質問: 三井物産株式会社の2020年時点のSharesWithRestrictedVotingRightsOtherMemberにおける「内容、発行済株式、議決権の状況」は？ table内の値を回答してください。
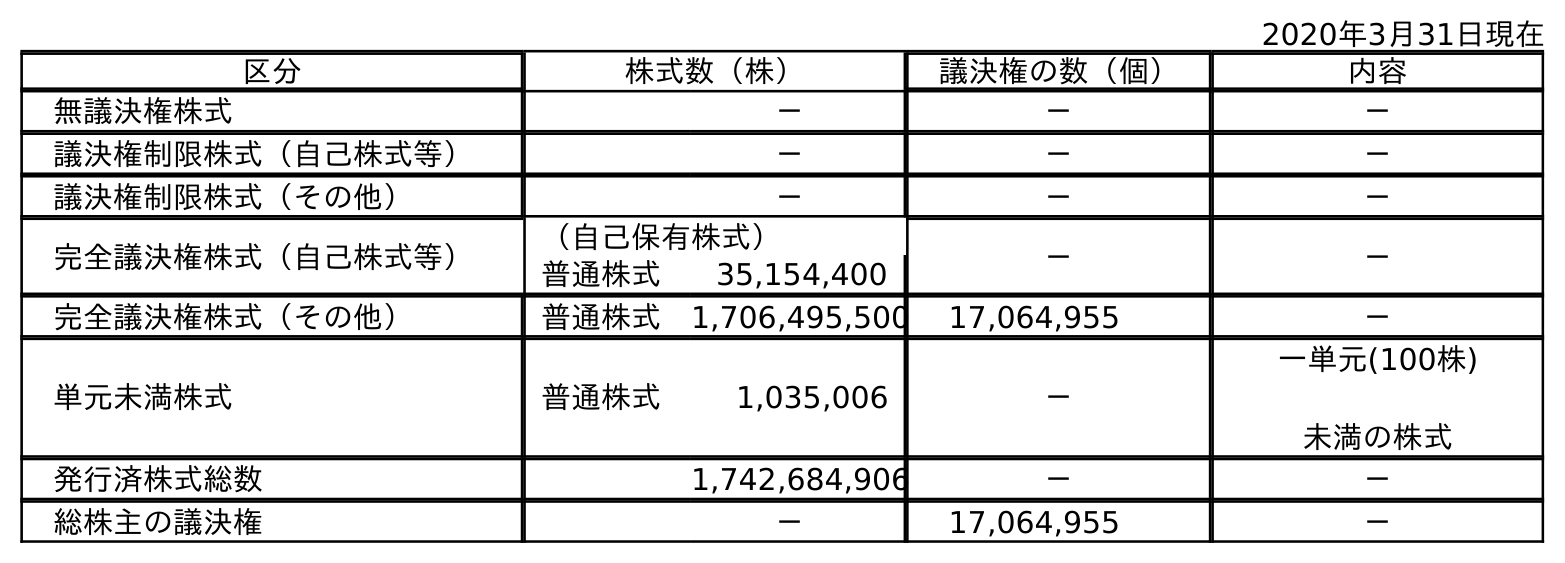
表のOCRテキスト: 2020年3月31日現在 区分 株式数（株） 議決権の数（個） 内容 無議決権株式 － － － 議決権制限株式（自己株式等） － － － 議決権制限株式（その他） － － － 完全議決権株式（自己株式等） （自己保有株式） － － 普通株式 35,154,400 完全議決権株式（その他） 普通株式 1,706,495,500 17,064,955 － 単元未満株式 普通株式 1,035,006 － 一単元(100株) 未満の株式 発行済株式総数 1,742,684,906 － － 総株主の議決権 － 17,064,955 －
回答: －